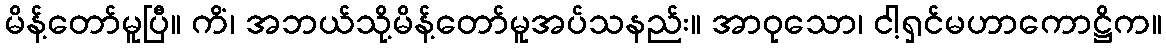
မိန့်တော်မူပြီ။ ကိံ၊ အဘယ်သို့မိန့်တော်မူအပ်သနည်း။ အာဝုသော၊ ငါ့ရှင်မဟာကောဋ္ဌိက။